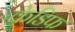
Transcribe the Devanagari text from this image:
केडिफ